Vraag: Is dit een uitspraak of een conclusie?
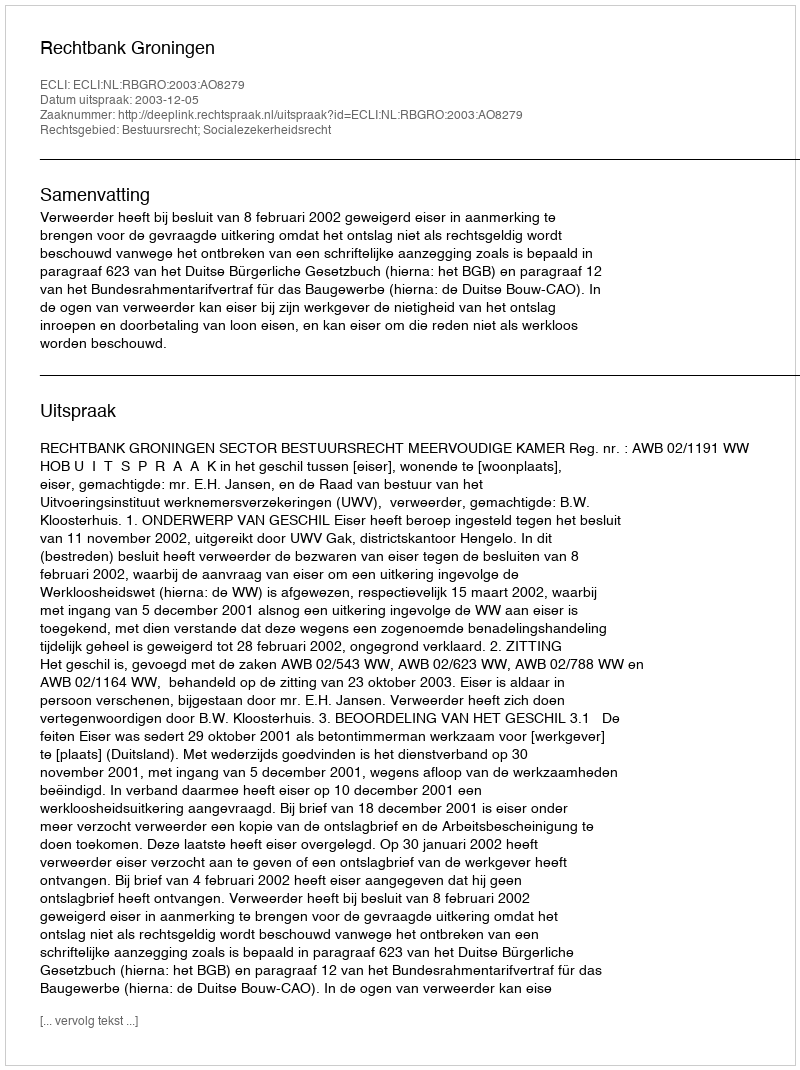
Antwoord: Uitspraak